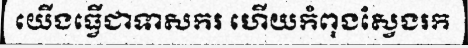
យើងធ្វើជាទាសករ ហើយកំពុងស្វែងរក